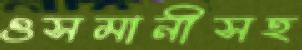
ওসমানীসহ